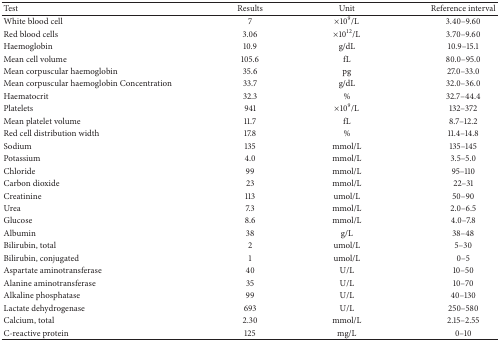
| Test | Results | Unit | Reference interval |
 | --- | --- | --- | --- |
 | White blood cell | 7 | ×109/L | 3.40–9.60 |
 | Red blood cells | 3.06 | ×1012/L | 3.70–9.60 |
 | Haemoglobin | 10.9 | g/dL | 10.9–15.1 |
 | Mean cell volume | 105.6 | fL | 80.0–95.0 |
 | Mean corpuscular haemoglobin | 35.6 | pg | 27.0–33.0 |
 | Mean corpuscular haemoglobin Concentration | 33.7 | g/dL | 32.0–36.0 |
 | Haematocrit | 32.3 | % | 32.7–44.4 |
 | Platelets | 941 | ×109/L | 132–372 |
 | Mean platelet volume | 11.7 | fL | 8.7–12.2 |
 | Red cell distribution width | 17.8 | % | 11.4–14.8 |
 | Sodium | 135 | mmol/L | 135–145 |
 | Potassium | 4.0 | mmol/L | 3.5–5.0 |
 | Chloride | 99 | mmol/L | 95–110 |
 | Carbon dioxide | 23 | mmol/L | 22–31 |
 | Creatinine | 113 | umol/L | 50–90 |
 | Urea | 7.3 | mmol/L | 2.0–6.5 |
 | Glucose | 8.6 | mmol/L | 4.0–7.8 |
 | Albumin | 38 | g/L | 38–48 |
 | Bilirubin, total | 2 | umol/L | 5–30 |
 | Bilirubin, conjugated | 1 | umol/L | 0–5 |
 | Aspartate aminotransferase | 40 | U/L | 10–50 |
 | Alanine aminotransferase | 35 | U/L | 10–70 |
 | Alkaline phosphatase | 99 | U/L | 40–130 |
 | Lactate dehydrogenase | 693 | U/L | 250–580 |
 | Calcium, total | 2.30 | mmol/L | 2.15–2.55 |
 | C-reactive protein | 125 | mg/L | 0–10 |